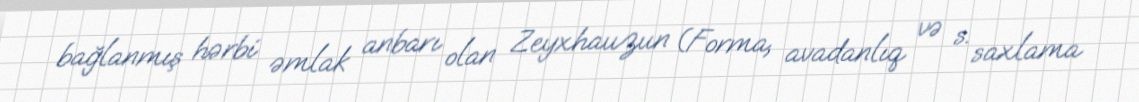
bağlanmış hərbi əmlak anbarı olan Zeyxhauzun (Forma, avadanlıq və s. saxlama